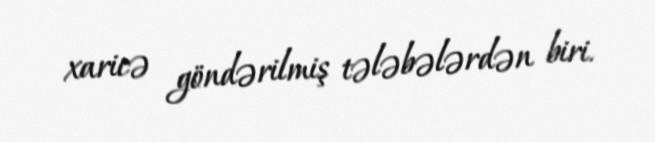
xaricə göndərilmiş tələbələrdən biri.